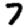
Digit: 7